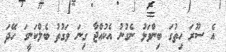
އެ ސޫރަ ހިތުގަ ބިންވަޅު ނެގުނު އެކުއްޖާ ގިނަ ވަގުތު ބެލްކަނީގަ ހޭދަ